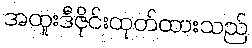
အထူးဒီဇိုင်းထုတ်ထားသည်